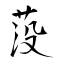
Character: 莈